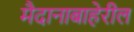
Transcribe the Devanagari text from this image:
मैदानाबाहेरील